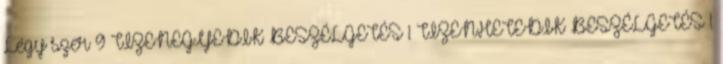
Légy szer 9 TIZENEGYEDIK BESZÉLGETÉS 1 TIZENHETEDIK BESZÉLGETÉS 1